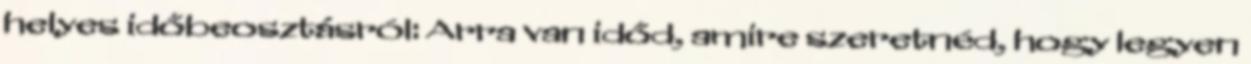
helyes időbeosztásról: Arra van időd, amire szeretnéd, hogy legyen